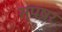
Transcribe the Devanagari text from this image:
स्पषर